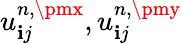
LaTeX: u_{\mathbf{i}j}^{n,\pmx},u_{\mathbf{i}j}^{n,\pmy}